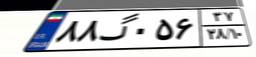
۸۸گ۰۵۶۳۷